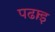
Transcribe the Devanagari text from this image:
पढार्इ